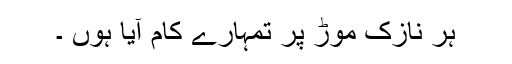
ہر نازک موڑ پر تمہارے کام آیا ہوں ۔